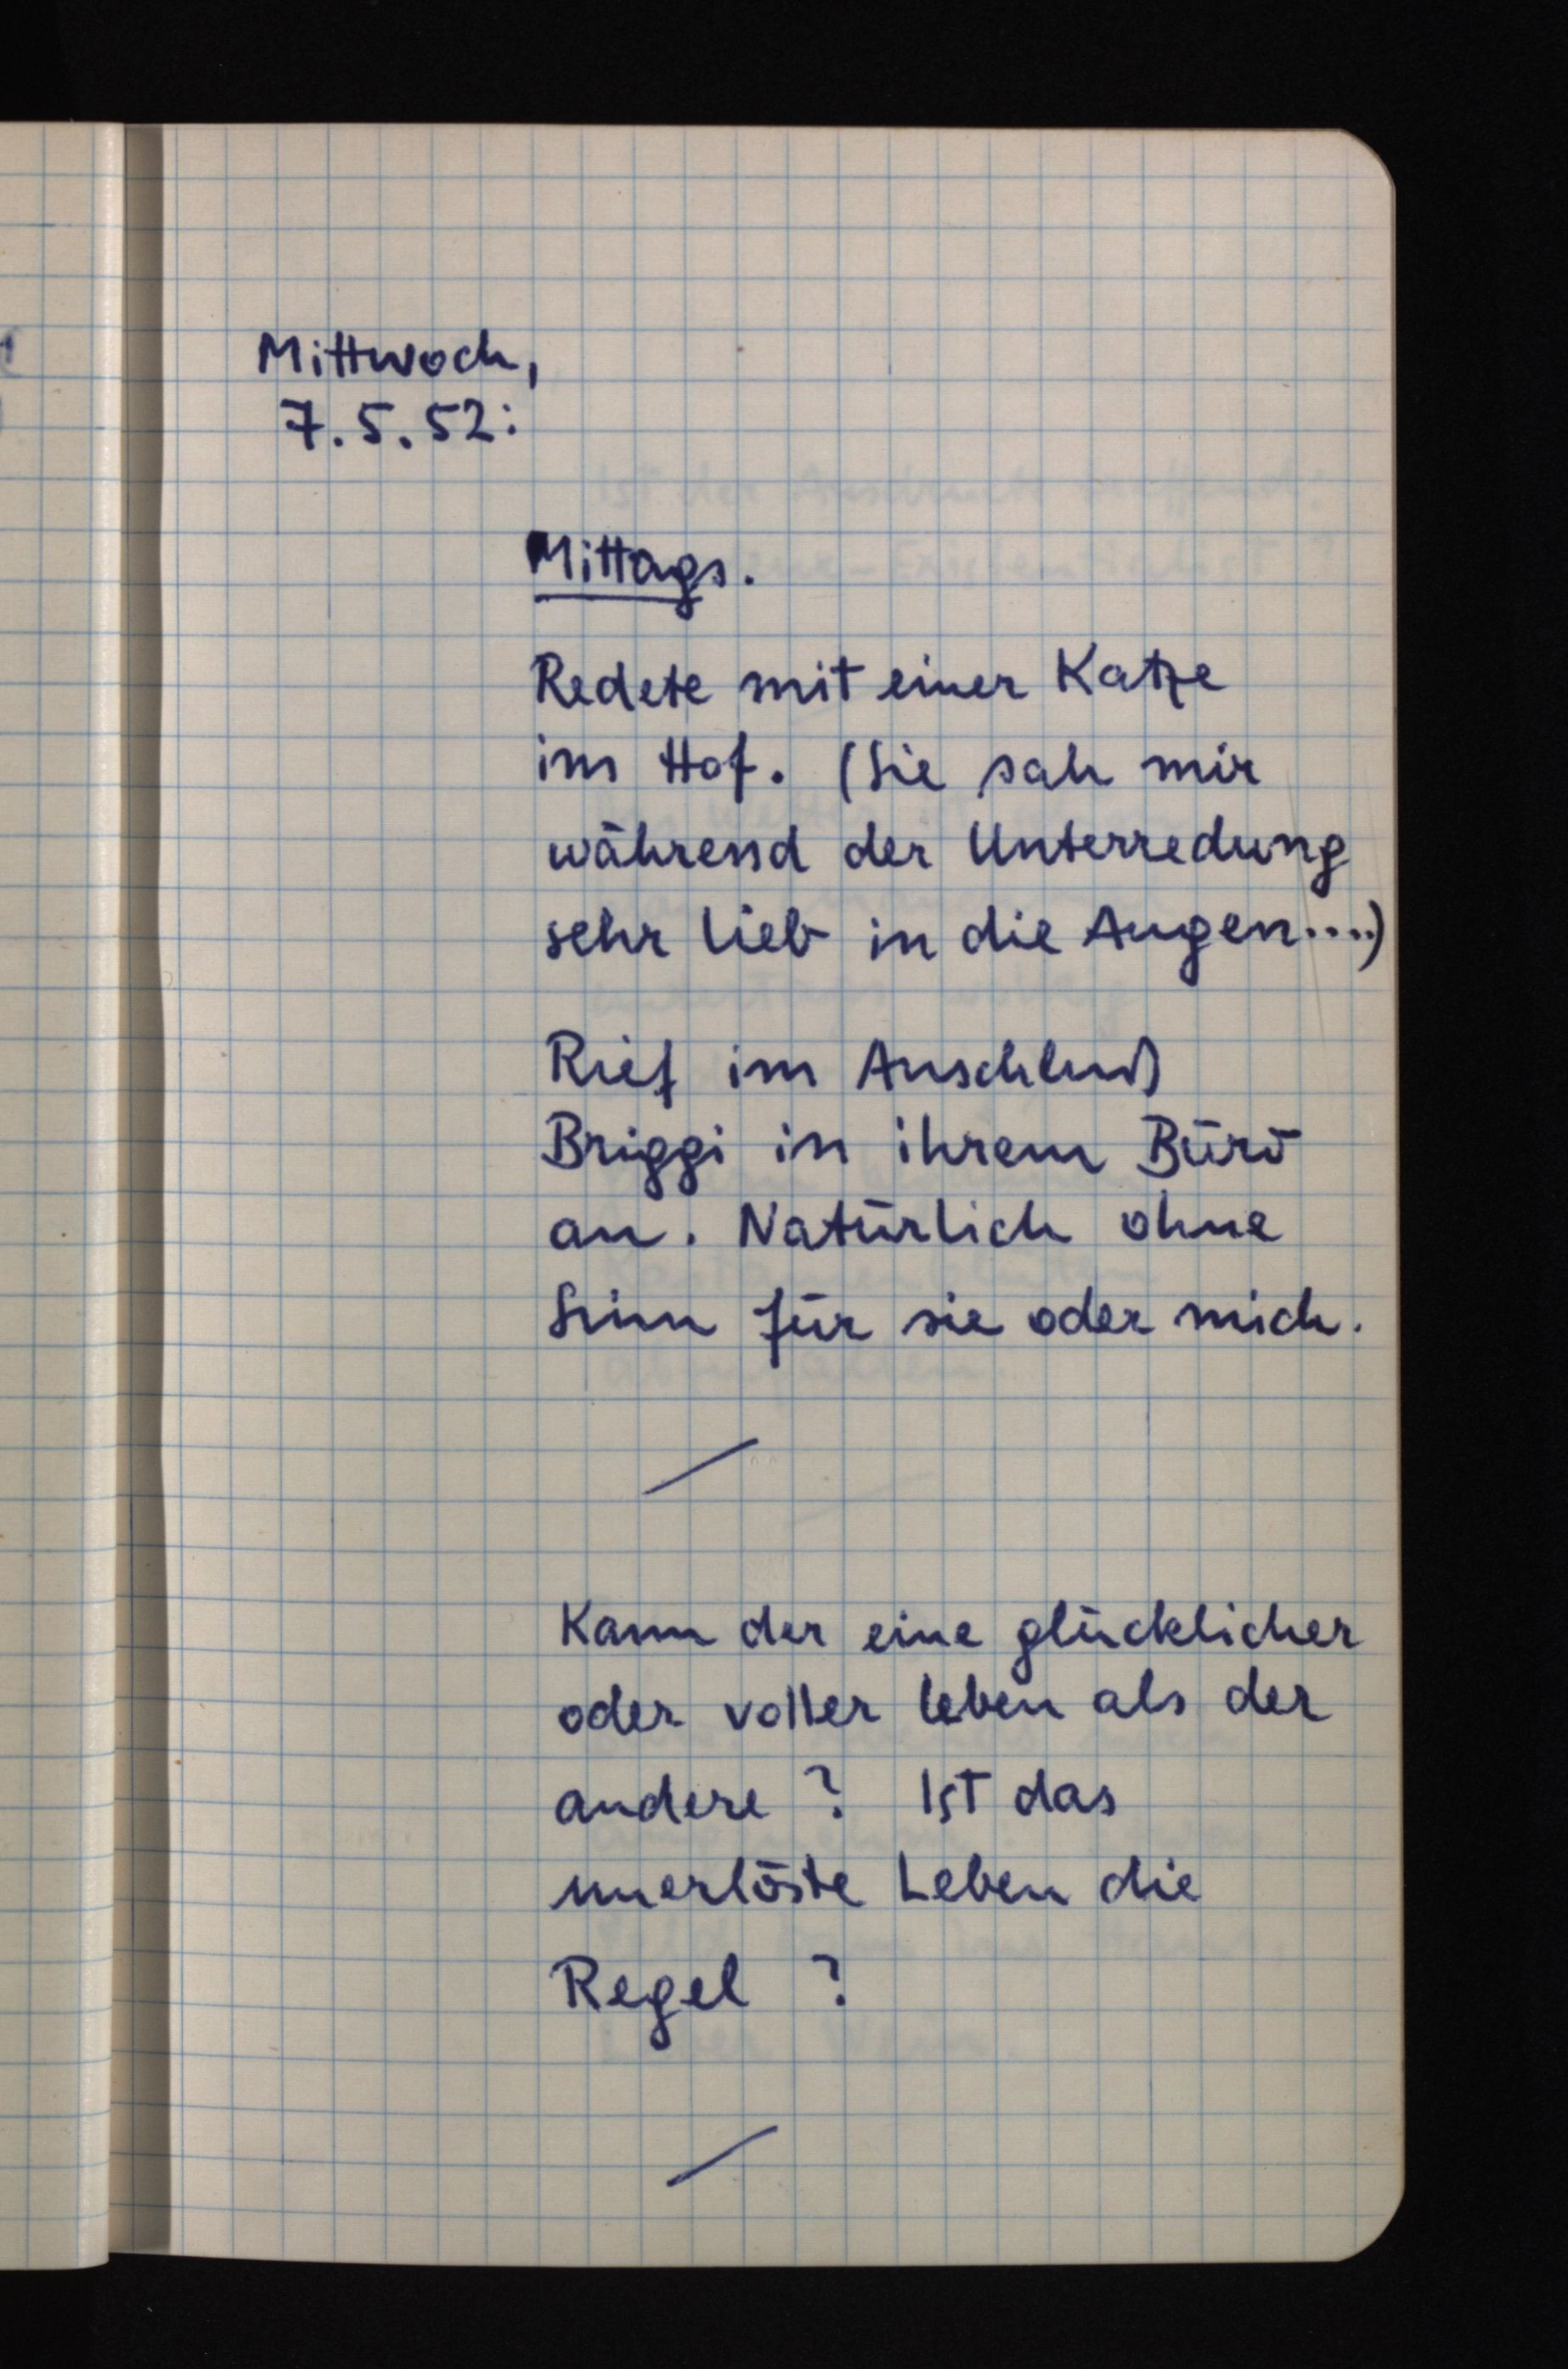
Mittwoch,
7.5.52:
Mittags.
Redete mit einer Katze
im Hof. (Sie sah mir
während der Unterredung
sehr lieb in die Augen ....)
Rief im Anschluß
Briggi in ihrem Büro
an. Natürlich ohne
Sinn für sie oder mich.
Kann der eine glücklicher
oder voller leben als der
andere? Ist das
unerlöste Leben die
Regel?